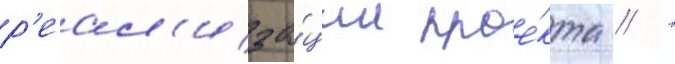
р'еал'иза́ции прое́кта // -